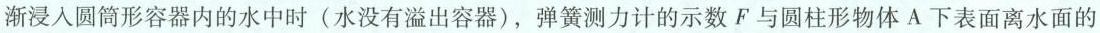
渐浸入圆筒形容器内的水中时(水没有溢出容器)，弹簧测力计的示数F与圆柱形物体A下表面离水面的